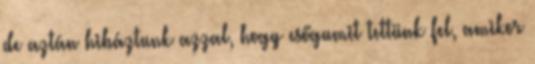
de aztán hibáztunk azzal, hogy esőgumit tettünk fel, amikor